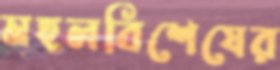
মহলবিশেষের